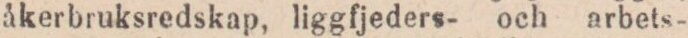
åkerbruksredskap, liggfjeders- och arbets-